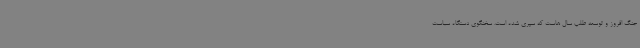
جنگ افروز و توسعه طلب سال هاست که سپری شده است. سخنگوی دستگاه سیاست